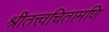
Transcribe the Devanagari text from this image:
श्रीतत्त्वचिंतामणि